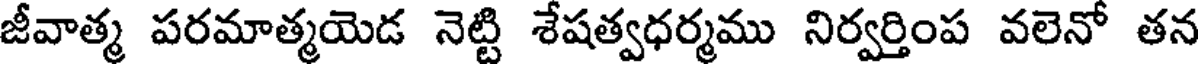
జీవాత్మ పరమాత్మయెడ నెట్టి శేషత్వధర్మము నిర్వర్తింప వలెనో తన